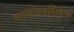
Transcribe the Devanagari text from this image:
मनमोहनसिंगच